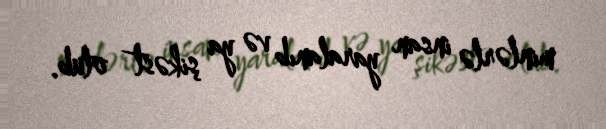
minlərlə insan yaralanıb və ya şikəst olub.